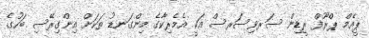
ޕީއެމް ޕްރޫފް ރީޑިން ސަރވިސަރސް އަކީ އެމެރިކާގެ މިންގަނޑު ތަކަށް އިންގިރޭސި ބަހުގެ